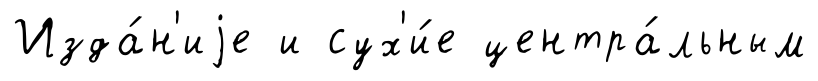
Изда́н'иjе и сух'и́е центра́льным